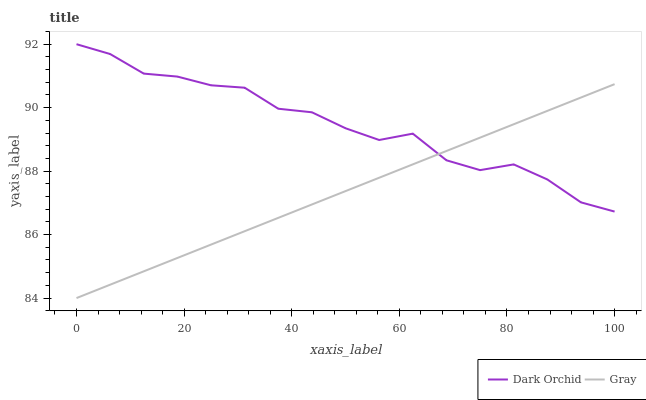
| xaxis_label | Dark Orchid | Gray |
 | --- | --- | --- |
 | 0 | 92 | 84 |
 | 6.25 | 91.7 | 84.4 |
 | 12.5 | 91.1 | 84.8 |
 | 18.8 | 91 | 85.3 |
 | 25 | 90.7 | 85.7 |
 | 31.2 | 90.6 | 86.1 |
 | 37.5 | 90 | 86.5 |
 | 43.8 | 89.9 | 86.9 |
 | 50 | 89.4 | 87.4 |
 | 56.2 | 89 | 87.8 |
 | 62.5 | 89.2 | 88.2 |
 | 68.8 | 88.3 | 88.6 |
 | 75 | 88 | 89.1 |
 | 81.2 | 88.2 | 89.5 |
 | 87.5 | 87.7 | 89.9 |
 | 93.8 | 87 | 90.3 |
 | 100 | 86.7 | 90.7 |